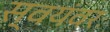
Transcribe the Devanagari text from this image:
स्वयंवरः